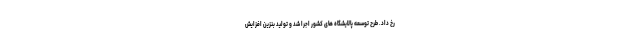
رخ داد. طرح توسعه پالایشگاه های کشور اجرا شد و تولید بنزین افزایش